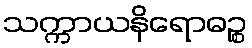
သက္ကာယနိရောဓဉ္စ